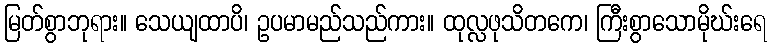
မြတ်စွာဘုရား။ သေယျထာပိ၊ ဥပမာမည်သည်ကား။ ထုလ္လဖုသိတကေ၊ ကြီးစွာသောမိုဃ်းရေ